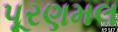
પૂરણમલ